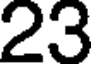
23